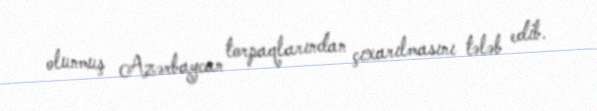
olunmuş Azərbaycan torpaqlarından çıxarılmasını tələb edib.